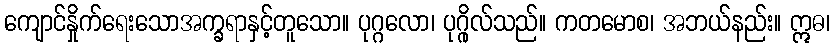
ကျောင်နှိုက်ရေးသောအက္ခရာနှင့်တူသော။ ပုဂ္ဂလော၊ ပုဂ္ဂိုလ်သည်။ ကတမောစ၊ အဘယ်နည်း။ ဣဓ၊